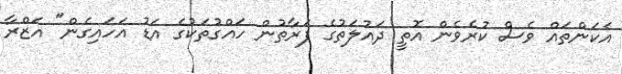
އެކަންތައް ވެސް ކުރެވެން އޮތީ ދައުލަތުގެ ފަރާތުން ހައްގުތަކުގެ އަޑު އަހައިގެން" އަޒްރާ